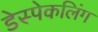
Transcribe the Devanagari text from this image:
डेस्पेकलिंग